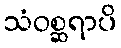
သံဝစ္ဆရာပိ